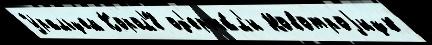
Уральцем Корол'́в од'ержа́л'и Новотроjицк